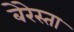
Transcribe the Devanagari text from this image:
बेरेस्ता